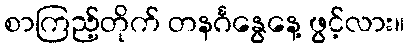
စာကြည့်တိုက် တနင်္ဂနွေနေ့ ဖွင့်လား။